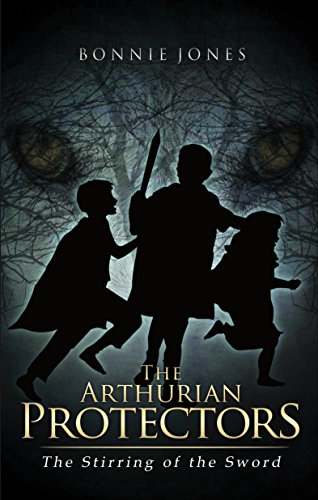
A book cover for The Arthurian Protectors: The Stirring of the Sword; Bonnie Jones; Science Fiction & Fantasy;